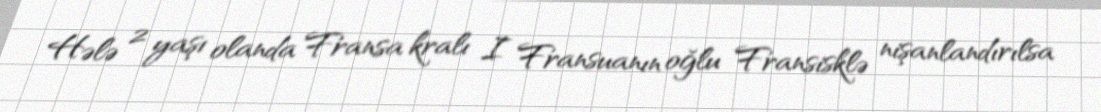
Hələ 2 yaşı olanda Fransa kralı I Fransuanın oğlu Fransisklə nişanlandırılsa